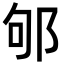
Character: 邭